Laane_maakonnavalitsus, lk 5
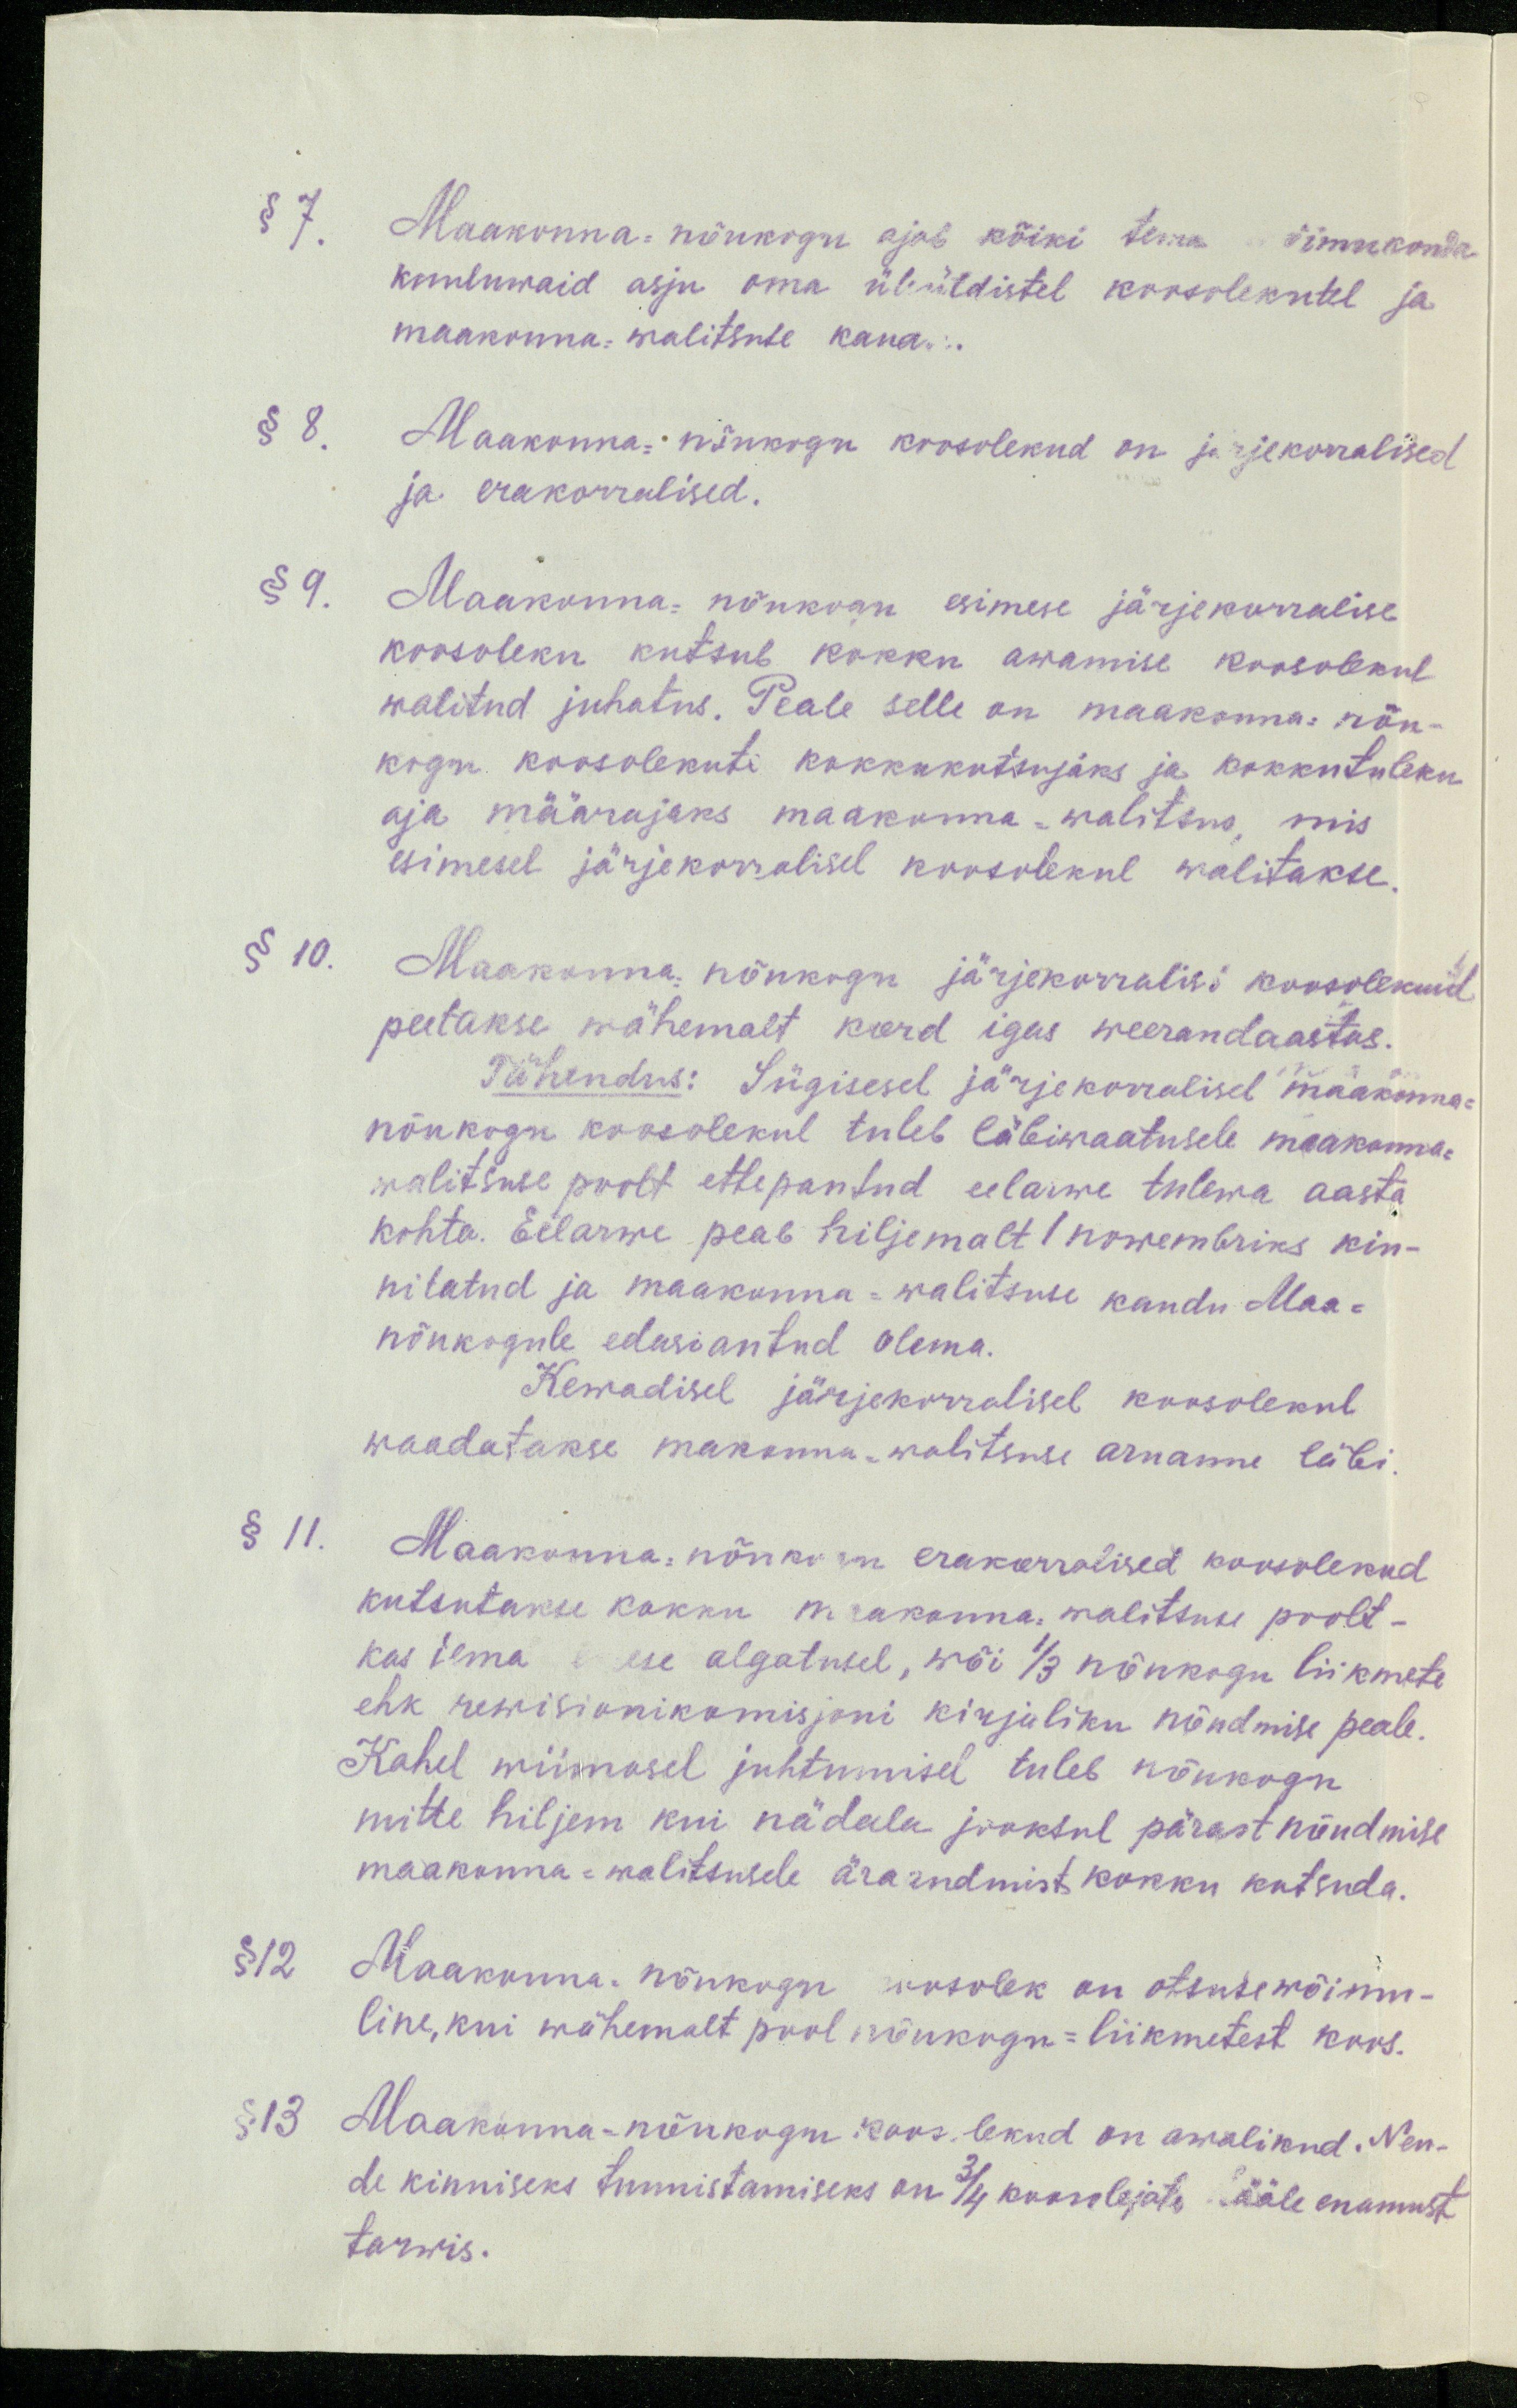
§ 7. Maakonna-nõukogu ajab kõiki tema wõimukonda
kuuluwaid asju oma üleüldistel koosolekutel ja
maakonna-walitsuse kaua...
§ 8.
Maakonna: nõukogu koosolekud on järjekorralised
ja erakorralised.
§ 9. Maakonna-nõukogu esimese järjekorralise
koosoleku kutsub kokku awamise koosolekul
walitud juhatus. Peale selle on maakonna- nõu-
kogu koosolekute kokkukutsujaks ja kokkutuleku
aja määrajaks maakonna-walitsus, mis
esimesel järjekorralisel koosolekul walitakse.
§ 10.
Maakonna nõukogu järjekorralisi koosolekuid
peetakse vähemalt kord igas weerandaastas.
Pühendus: Sügisesel järjekorralisel maakonna-
nõukogu koosolekul tuleb läbiwaatusele maakonna-
walitsuse poolt ettepantud eelarwe tulewa aasta
kohta. Eelarwe peab hiljemalt 1 nowembriks kin-
nilatud ja maakonna-walitsuse kandu Maa-
nõukogule edasiantud olema.
Kewadisel järjekorralisel koosolekul
waadatakse makonna-walitsuse aruanne läbi.
§ 11.
Maakonna-nõnkonna erakorralised koosolekud
kutsutakse kokku maakonna walitsuse poolt-
kas tema enese algatusel, wõi 1/3 nõukogu liikmete
ehk rewisionikomisjoni kirjaliku nõudmise peale.
Kahel wiimasel juhtumisel tuleb nõukogu
mitte hiljem kui nädala jooksul pärast nõudmise
maakonna-walitsusele äraandmist kokku kutsuda.
§ 12.
Maakonna nõukogu koosolek on otsusewõime-
line, kui wähemalt pool nõukogu-liikmetest koos.
§ 13.
Maakonna-nõukogu koosolekud on awalikud. Nen-
de kinniseks tunnistamiseks on 3/4 koosolejate hääle enamust
tarwis.